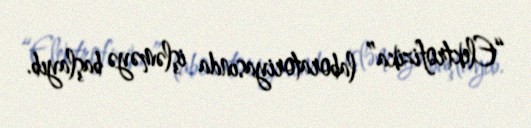
“Elektrofizika” laboratoriyasında işləməyə başlayıb.